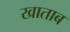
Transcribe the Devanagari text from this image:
खाताब